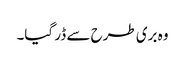
وہ بری طرح سے ڈر گیا۔